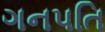
ગનપતિ